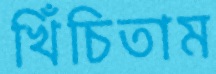
খিঁচিতাম